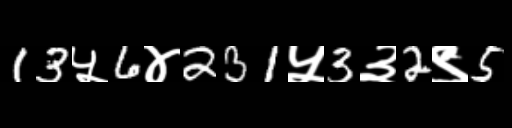
Text: 13५6४231५3३2९5